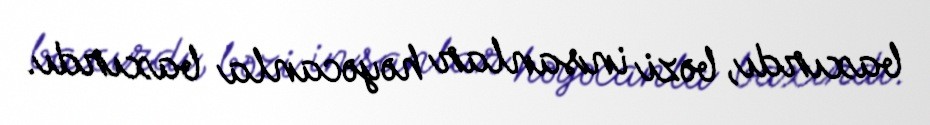
baxırdı, bəzi insanlar həyəcanla baxırdı.